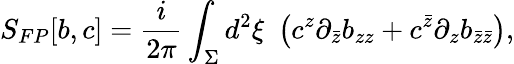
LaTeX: S_{FP}[b,c]=\frac{i}{2\pi}\int_{\Sigma}d^{2}\xi\, \, \left(c^{z}\partial_{\bar{z}}b_{zz}+c^{\bar{z}}\partial_{z}b_{\bar{z}\bar{z}}\right),